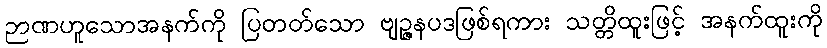
ဉာဏဟူသောအနက်ကို ပြတတ်သော ဗျဉ္ဇနပဒဖြစ်ရကား သတ္တိထူးဖြင့် အနက်ထူးကို